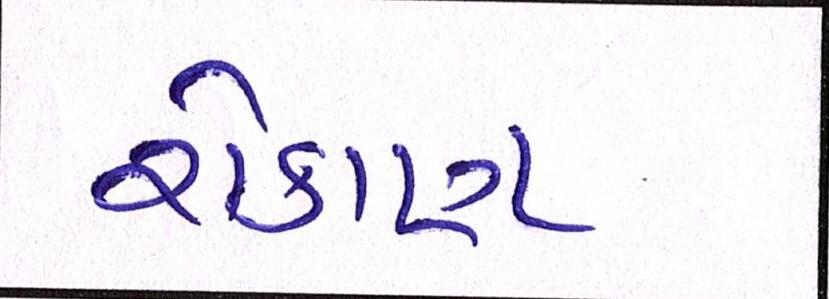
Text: રોકાણ